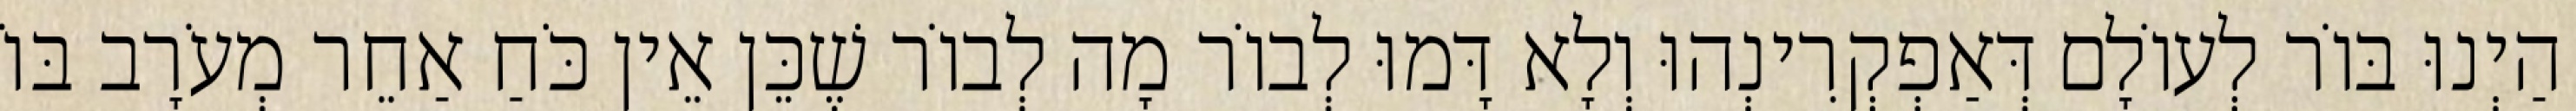
הַיְנוּ בּוֹר לְעוֹלָם דְּאַפְקְרִינְהוּ וְלָא דָּמוּ לְבוֹר מָה לְבוֹר שֶׁכֵּן אֵין כֹּחַ אַחֵר מְעֹרָב בּוֹ